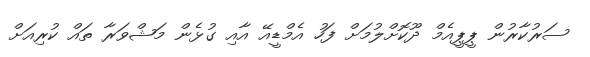
ސަރުކާރުން ޕީޕީއެމް ދޫކޮށްލުމަށް ފަހު އެމްޑީއޭ އާއި ގުޅެން މަޝްވަރާ ތައް ކުރިއަށް